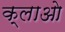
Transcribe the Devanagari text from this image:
क्लाओ